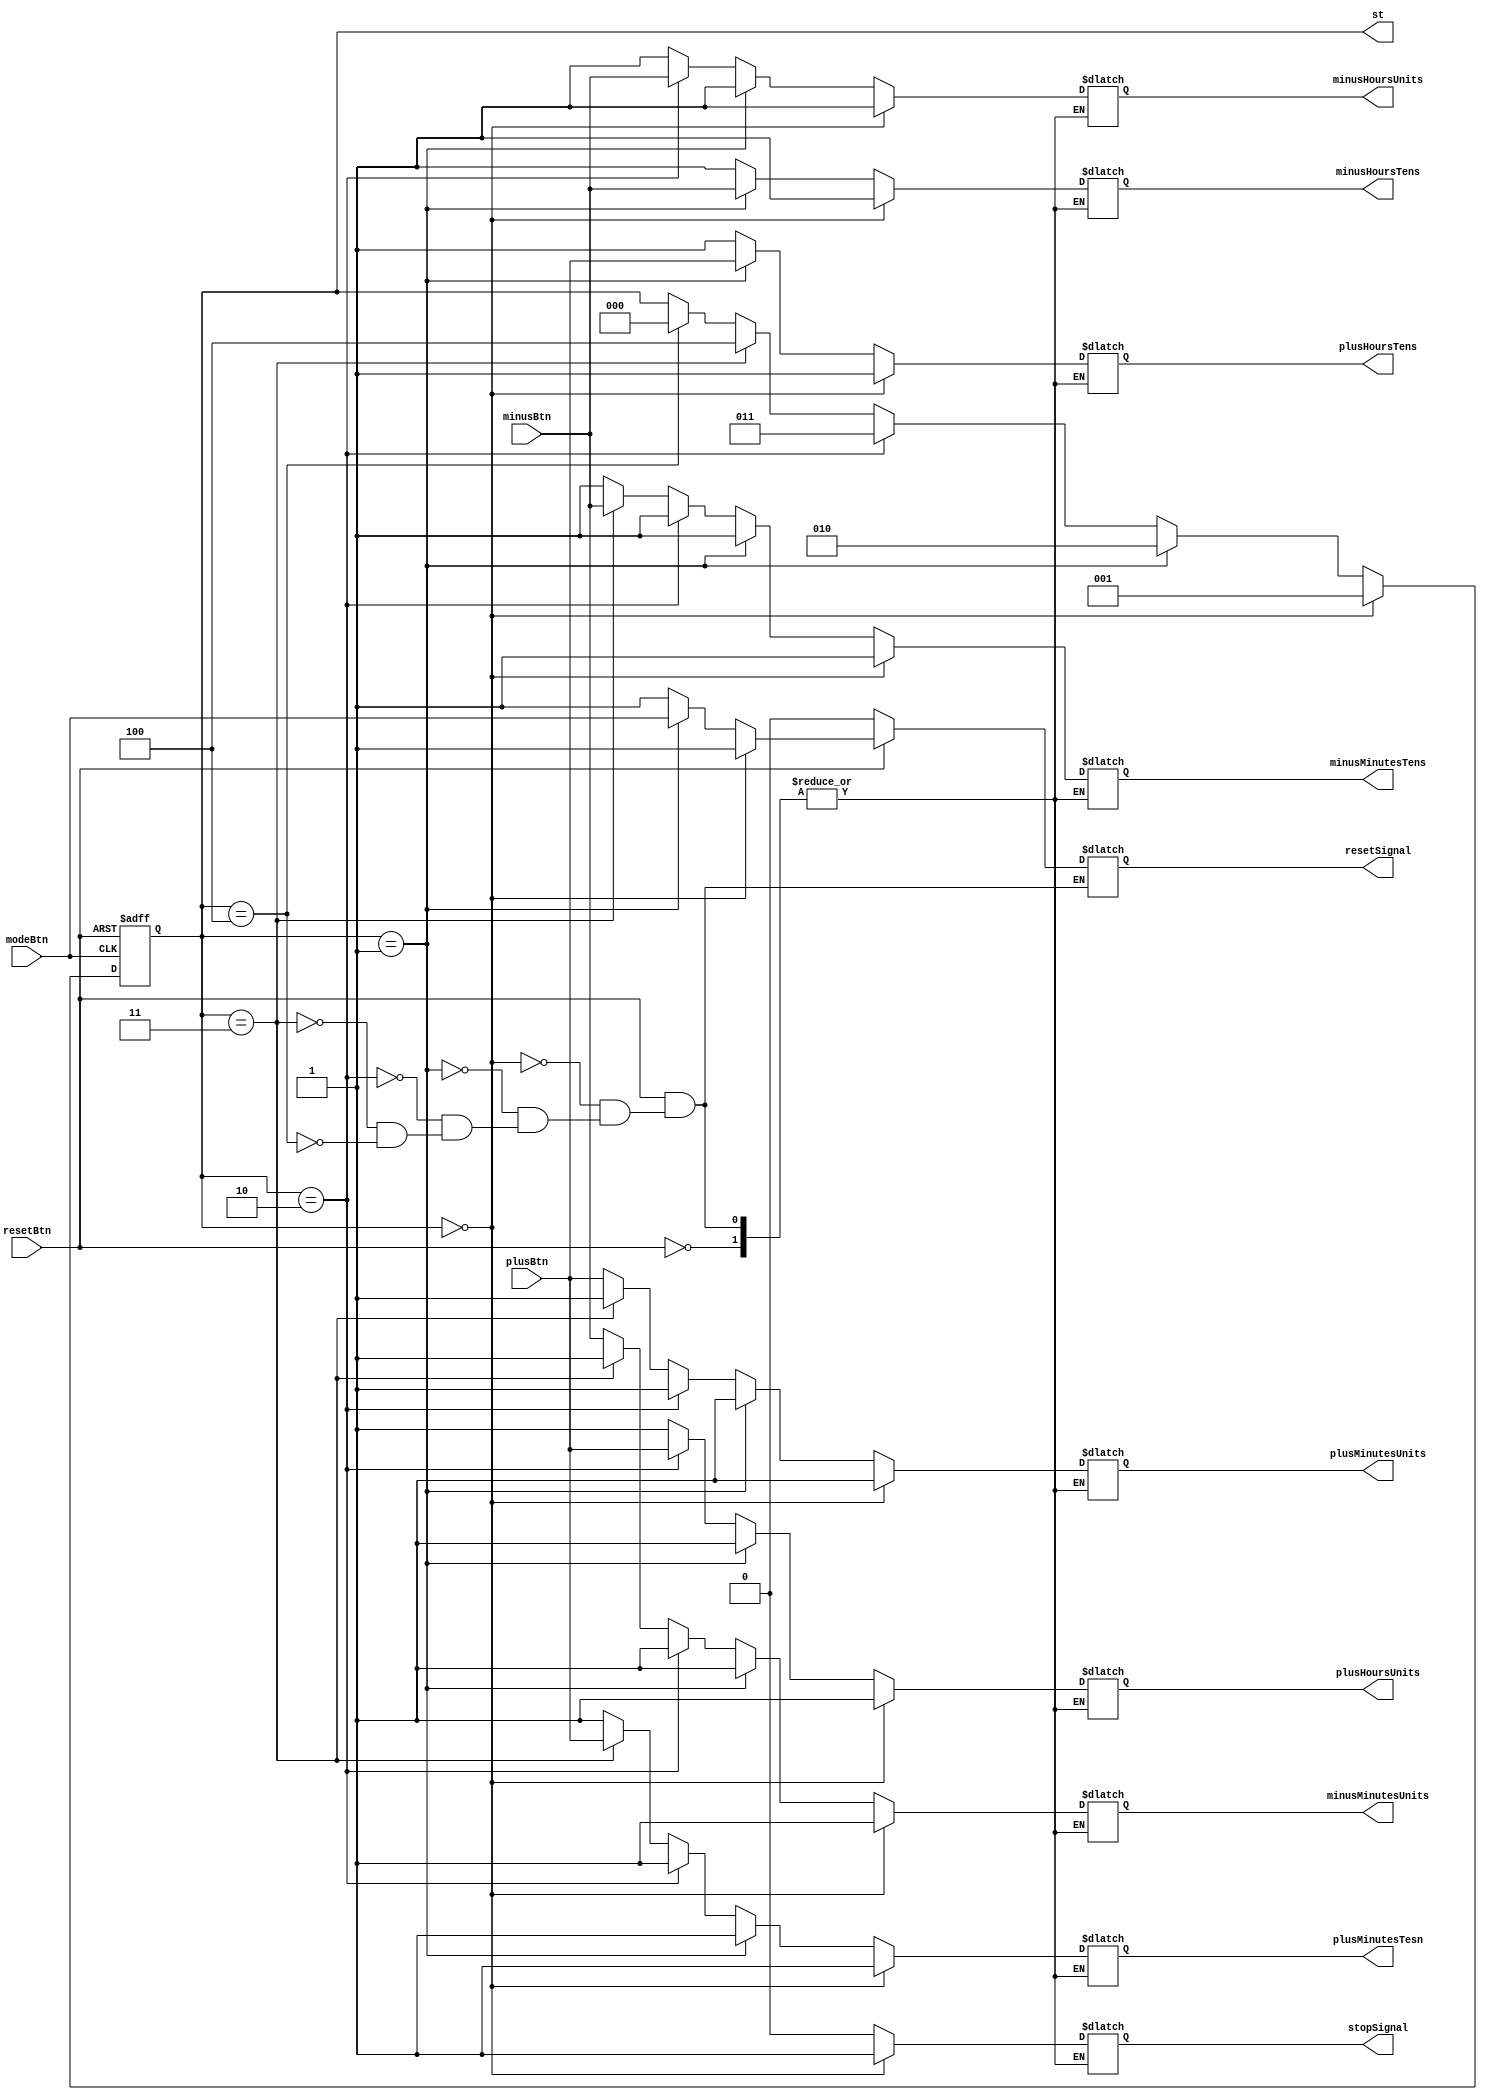
module EventDispatcher(
	input modeBtn,
	input plusBtn,
	input minusBtn,
	input resetBtn,
	
	output reg resetSignal,
	
	output reg plusMinutesUnits,
	output reg minusMinutesUnits,
	
	output reg plusMinutesTesn,
	output reg minusMinutesTens,
	
	output reg plusHoursUnits,
	output reg minusHoursUnits,
	
	output reg plusHoursTens,
	output reg minusHoursTens,
	
	output reg stopSignal,
	
	output reg [2:0] st
);

reg [2:0] state;
//0 - clock
//1 - set h tens
//2 - set h units
//3 - set min tens
//4 - set min units

always@ (state)
	st <= state;

always@(state, resetBtn)
	if(resetBtn == 0)
		resetSignal <= 0;
	else if(state == 0)
		begin	
			resetSignal <= 1;

			plusMinutesUnits <= 1;
			minusMinutesUnits <= 1;

			plusMinutesTesn <= 1;
			minusMinutesTens <= 1;

			plusHoursUnits <= 1;
			minusHoursUnits <= 1;

			plusHoursTens <= 1;
			minusHoursTens <= 1;
			
			stopSignal <= 1;
		end
	else if(state == 1)
		begin
			resetSignal <= modeBtn;

			plusMinutesUnits <= 1;
			minusMinutesUnits <= 1;

			plusMinutesTesn <= 1;
			minusMinutesTens <= 1;

			plusHoursUnits <= 1;
			minusHoursUnits <= 1;

			plusHoursTens <= plusBtn;
			minusHoursTens <= minusBtn;
			
			stopSignal <= 0;
		end
	else if(state == 2)
		begin
			resetSignal <= 1;

			plusMinutesUnits <= 1;
			minusMinutesUnits <= 1;

			plusMinutesTesn <= 1;
			minusMinutesTens <= 1;

			plusHoursUnits <= plusBtn;
			minusHoursUnits <= minusBtn;

			plusHoursTens <= 1;
			minusHoursTens <= 1;
			
			stopSignal <= 0;
		end
	else if(state == 3)
		begin
			resetSignal <= 1;

			plusMinutesUnits <= 1;
			minusMinutesUnits <= 1;

			plusMinutesTesn <= plusBtn;
			minusMinutesTens <= minusBtn;

			plusHoursUnits <= 1;
			minusHoursUnits <= 1;

			plusHoursTens <= 1;
			minusHoursTens <= 1;
			
			stopSignal <= 0;
		end
	else if(state == 4)
		begin
			resetSignal <= 1;

			plusMinutesUnits <= plusBtn;
			minusMinutesUnits <= minusBtn;

			plusMinutesTesn <= 1;
			minusMinutesTens <= 1;

			plusHoursUnits <= 1;
			minusHoursUnits <= 1;

			plusHoursTens <= 1;
			minusHoursTens <= 1;
			
			stopSignal <= 0;
		end

always@(negedge modeBtn, negedge resetBtn)
	if(resetBtn == 0)
		state <= 0;
	else if (state == 0)
		state <= 1;
	else if (state == 1)
		state <= 2;
	else if (state == 2)
		state <= 3;
	else if (state == 3)
		state <= 4;
	else if (state == 4)
		state <= 0;
endmodule